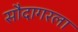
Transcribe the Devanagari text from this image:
सौदागरला